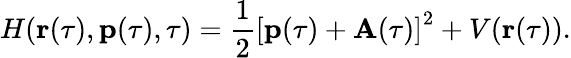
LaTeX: H(\mathbf{r}(\tau),\mathbf{p}(\tau),\tau)=\frac{1}{2}\left[\mathbf{p}(\tau)+\mathbf{A}(\tau)\right]^{2}+V(\mathbf{r}(\tau)).